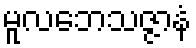
မူလဘေသဇ္ဇာနံ